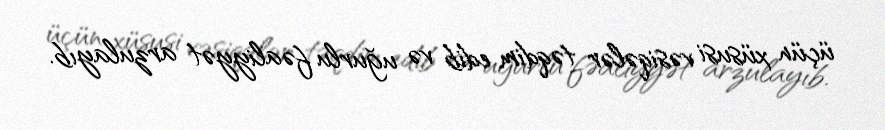
üçün xüsusi vəsiqələr təqdim edib və uğurlu fəaliyyət arzulayıb.